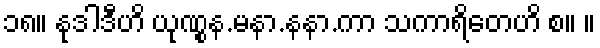
၁၈။ နုဒါဒီဟိ ယုဏွုန.မနာ.နနာ.ကာ သကာရိတေဟိ စ။ ။